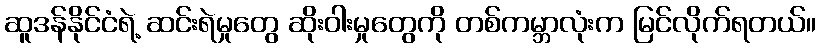
ဆူဒန်နိုင်ငံရဲ့ ဆင်းရဲမှုတွေ ဆိုးဝါးမှုတွေကို တစ်ကမ္ဘာလုံးက မြင်လိုက်ရတယ်။